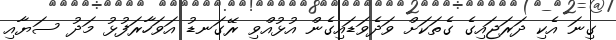
ގިނަ އެކި ދަރަޖައިގެ ގެތަކަށް ވަދެވަޑައިގެން އުޅުއްވި ރޭގަނޑު އަވަހާރަފުޅު މަދު ސަޔާއި